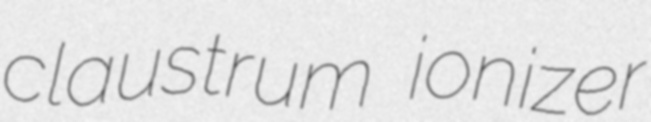
claustrum ionizer